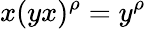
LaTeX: x(yx)^{\rho}=y^{\rho}